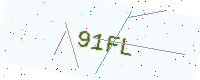
Text: 91FL